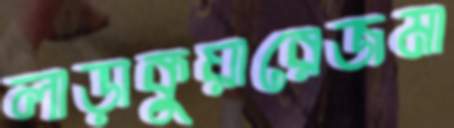
লাড়াকুয়ারেজমা